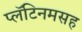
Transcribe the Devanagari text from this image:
प्लॅटिनमसह